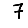
Digit: 7